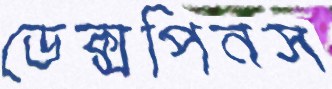
ডেক্সপিনস